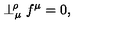
\perp _ { \mu } ^ { \! \rho } f ^ { \mu } = 0 ,